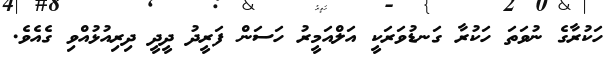
ހަކުރާގެ ނުވަތަ ހަކުރާ ގަނޑުވަރަކީ އަލްއަމީރު ހަސަން ފަރީދު ދީދީ ދިރިއުޅުއްވި ގެއެވެ.